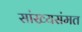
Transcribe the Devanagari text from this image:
सांख्यसंमत